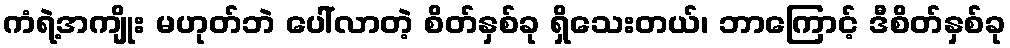
ကံရဲ့အကျိုး မဟုတ်ဘဲ ပေါ်လာတဲ့ စိတ်နှစ်ခု ရှိသေးတယ်၊ ဘာကြောင့် ဒီစိတ်နှစ်ခု